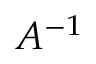
A ^ { - 1 }